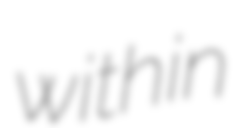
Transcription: within